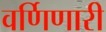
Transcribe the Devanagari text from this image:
वर्णिणारी